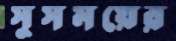
সুসময়ের